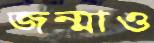
জন্মাও